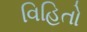
વિહિતો